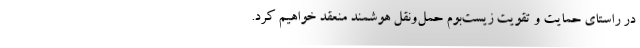
در راستای حمایت و تقویت زیست‌بوم حمل‌و‌نقل هوشمند منعقد خواهیم کرد.